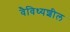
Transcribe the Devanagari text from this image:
वैविध्यशील